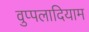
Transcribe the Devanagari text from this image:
वुप्पलादियाम